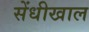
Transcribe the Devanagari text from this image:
सेंधीखाल